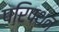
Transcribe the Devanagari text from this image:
परिपथन